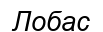
Лобас